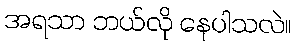
အရသာ ဘယ်လို နေပါသလဲ။